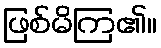
ဖြစ်မိကြ၏။